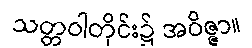
သတ္တဝါတိုင်း၌ အဝိဇ္ဇာ။